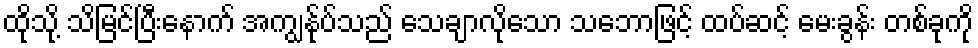
ထိုသို့ သိမြင်ပြီးနောက် အကျွန်ုပ်သည် သေချာလိုသော သဘောဖြင့် ထပ်ဆင့် မေးခွန်း တစ်ခုကို